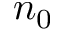
n _ { 0 }